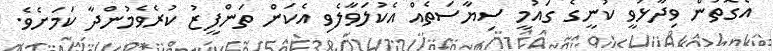
އެގޮތުން ވިދާޅުވީ ކުނީގެ ގައުމީ ސިޔާސަތެއް އެކުލަވާލެވި އެކަން ތަންފީޒު ކުރެވެމުންދާ ކަމަށެވެ.